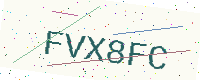
Text: FVX8FC